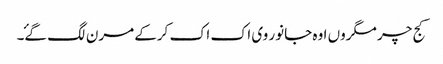
کج چر مگروں اوہ جانور وی اک اک کرکے مرن لگ گۓ۔